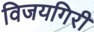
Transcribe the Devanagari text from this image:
विजयगिरी